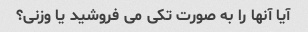
آیا آنها را به صورت تکی می فروشید یا وزنی؟